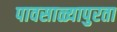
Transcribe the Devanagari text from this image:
पावसाळ्यापुरता